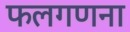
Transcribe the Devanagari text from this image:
फलगणना